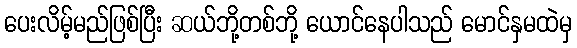
ပေးလိမ့်မည်ဖြစ်ပြီး ဆယ်ဘို့တစ်ဘို့ ယောင်နေပါသည် မောင်နှမထဲမှ